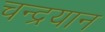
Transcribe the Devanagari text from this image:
चन्‍द्रयान